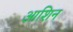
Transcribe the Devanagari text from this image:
आशिन